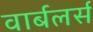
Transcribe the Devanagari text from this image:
वार्बलर्स